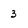
Character: 3